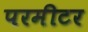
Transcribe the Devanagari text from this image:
परमीटर